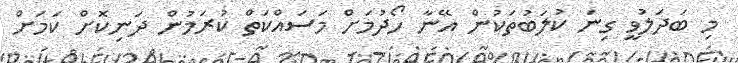
މި ބަދަލުވީ ގިނަ ކުލަބުތަކުން އޭނާ ހޯދުމަށް މަސައްކަތް ކުރަމުން ދަނިކޮށް ކަމަށް